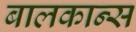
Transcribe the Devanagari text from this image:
बालकान्स